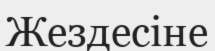
Жездесіне